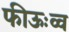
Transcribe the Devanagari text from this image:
फीऊःव्व